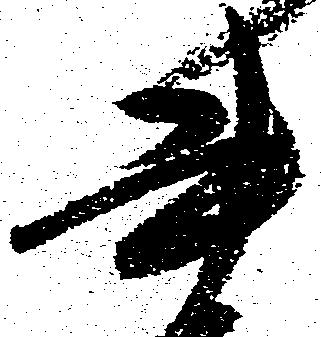
書